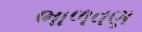
ભાળવણ